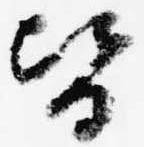
皆